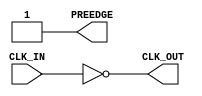
module ClockInverter(CLK_IN, PREEDGE,  CLK_OUT);
   input     CLK_IN;            
   output    PREEDGE;           
   output    CLK_OUT;           
   wire      CLK_OUT;
   wire      PREEDGE;
   assign    CLK_OUT = ! CLK_IN ;
   assign    PREEDGE = 1 ;
endmodule